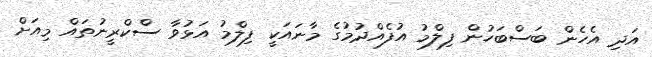
އަދި އެހެން ބަސްބަހުން ފިލްމު އުފެއްދުމުގެ މާނައަކީ ފިލްމު އަޅުވާ ސްކްރީނުތައް މިއަށް